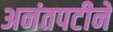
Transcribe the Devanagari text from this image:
अनंतपटीने